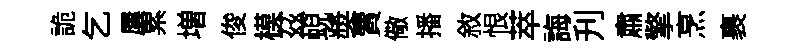
詭乞屢累増俊模茲蜺奬賣儆播敘恨萃誨刋肅擎烹裹